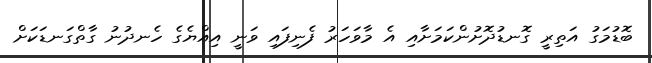
ބޮޑުމަގު އަތިރީ ގޮނޑުދޮށުންކަމަށާއި އެ މާވަހަރު ފެނިފައި ވަނީ އިއްޔެގެ ހެނދުނު ގާތްގަނޑަކަށް